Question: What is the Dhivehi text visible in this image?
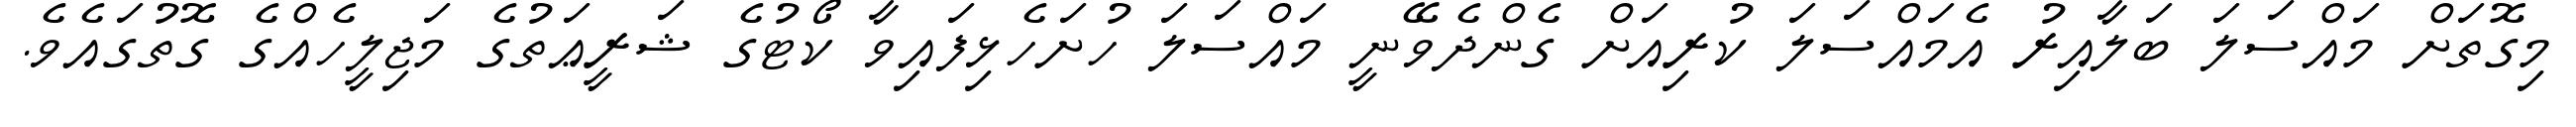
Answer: މިގޮތަށް މައްސަލަ ބަލާއިރު އެމައްސަލަ ކުރިއަށް ގެންދެވޭނީ މައްސަލަ ހުށަހެޅިފައިވާ ކޯޓުގެ ޝަރީޢަތުގެ މަޖިލީހެއްގެ ގޮތުގައެވެ.